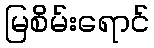
မြစိမ်းရောင်